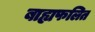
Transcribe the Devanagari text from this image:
बाह्यफलित